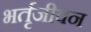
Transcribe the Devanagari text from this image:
भर्तृजीवन